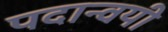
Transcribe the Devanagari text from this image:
पदान्वयी